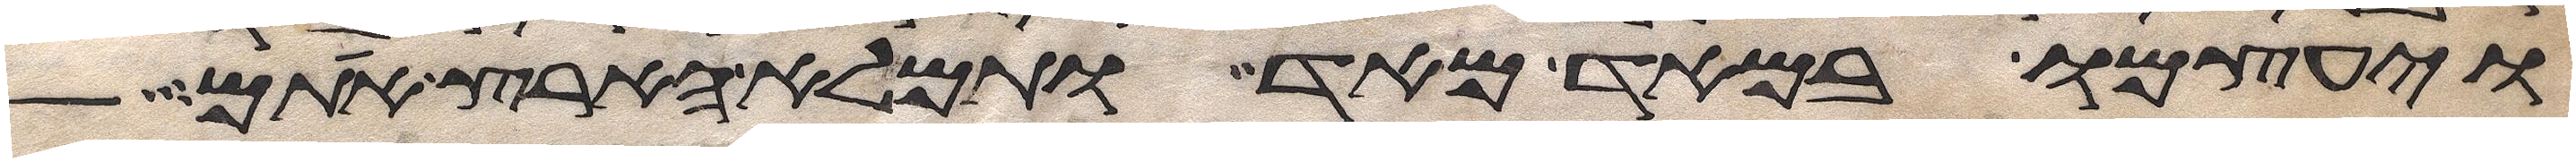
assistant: ויעצמו במאד מאד ותמלא הארץ אתם